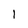
Character: l